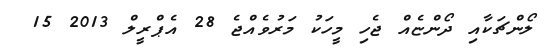
ލޯންޗަކާއި ދޯންޏެއް ޖެހި މީހަކު މަރުވެއްޖެ 28 އެޕްރީލް 2013 15